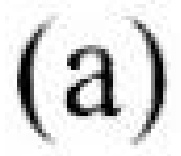
\((a)\)